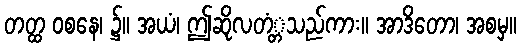
တတ္ထ ဝစနေ၊ ၌။ အယံ၊ ဤဆိုလတံ့္တသည်ကား။ အာဒိတော၊ အစမှ။